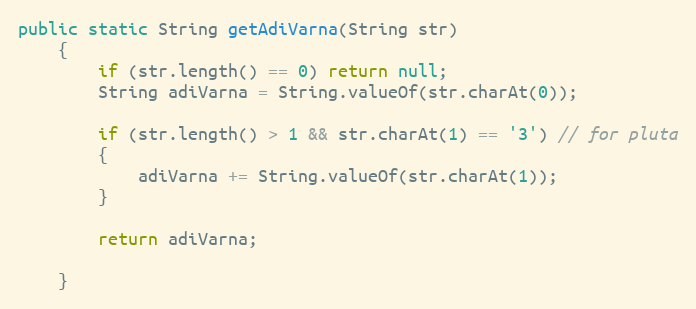
Language: Java
public static String getAdiVarna(String str)
    {
        if (str.length() == 0) return null;
        String adiVarna = String.valueOf(str.charAt(0));

        if (str.length() > 1 && str.charAt(1) == '3') // for pluta
        {
            adiVarna += String.valueOf(str.charAt(1));
        }

        return adiVarna;

    }